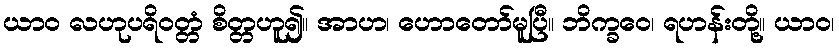
ယာဝ လဟုပရိဝတ္တံ စိတ္တဟူ၍။ အာဟ၊ ဟောတော်မူပြီ။ ဘိက္ခဝေ၊ ရဟန်းတို့။ ယာဝ၊